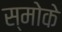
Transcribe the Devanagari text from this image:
स्मोके